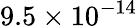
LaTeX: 9.5\times 10^{-14}